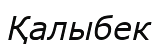
Қалыбек